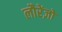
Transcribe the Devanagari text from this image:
लौरेंज़ो